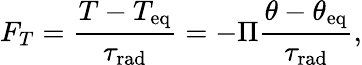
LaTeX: F_{T}=\frac{T-T_{\mathrm{eq}}}{\tau_{\mathrm{rad}}}=-\Pi\frac{\theta-\theta_{\mathrm{eq}}}{\tau_{\mathrm{rad}}},